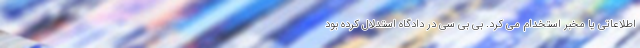
اطلاعاتی یا مخبر استخدام می کرد. بی بی سی در دادگاه استدلال کرده بود